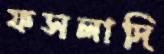
ফসলাদি